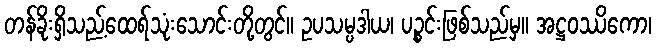
တန်ခိုးရှိသည့်ထေရ်သုံးသောင်းတို့တွင်။ ဥပသမ္ပဒါယ၊ ပဉ္စင်းဖြစ်သည်မှ။ အဋ္ဌဝဿိကော၊